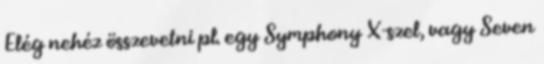
Elég nehéz összevetni pl. egy Symphony X-szel, vagy Seven